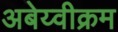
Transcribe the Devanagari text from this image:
अबेय्वीक्रम